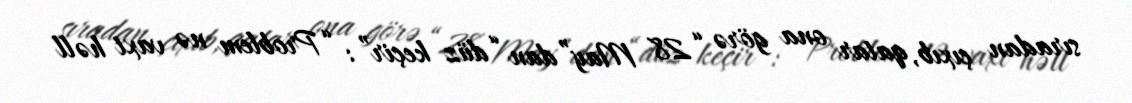
sıradan çıxıb, qatar ona görə “28 May”dan “düz keçir”: “Problem nə vaxt həll